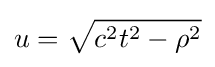
u={\sqrt {c^{2}t^{2}-\rho ^{2}}}